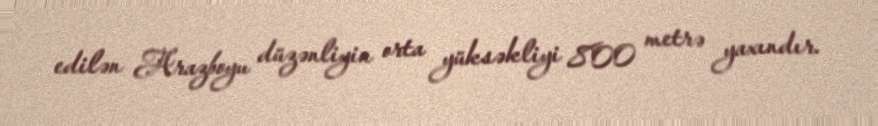
edilən Arazboyu düzənliyin orta yüksəkliyi 800 metrə yaxındır.